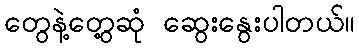
တွေနဲ့တွေ့ဆုံ ဆွေးနွေးပါတယ်။